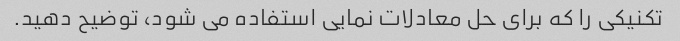
تکنیکی را که برای حل معادلات نمایی استفاده می شود، توضیح دهید.